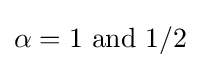
\alpha =1{\text{ and }}1/2